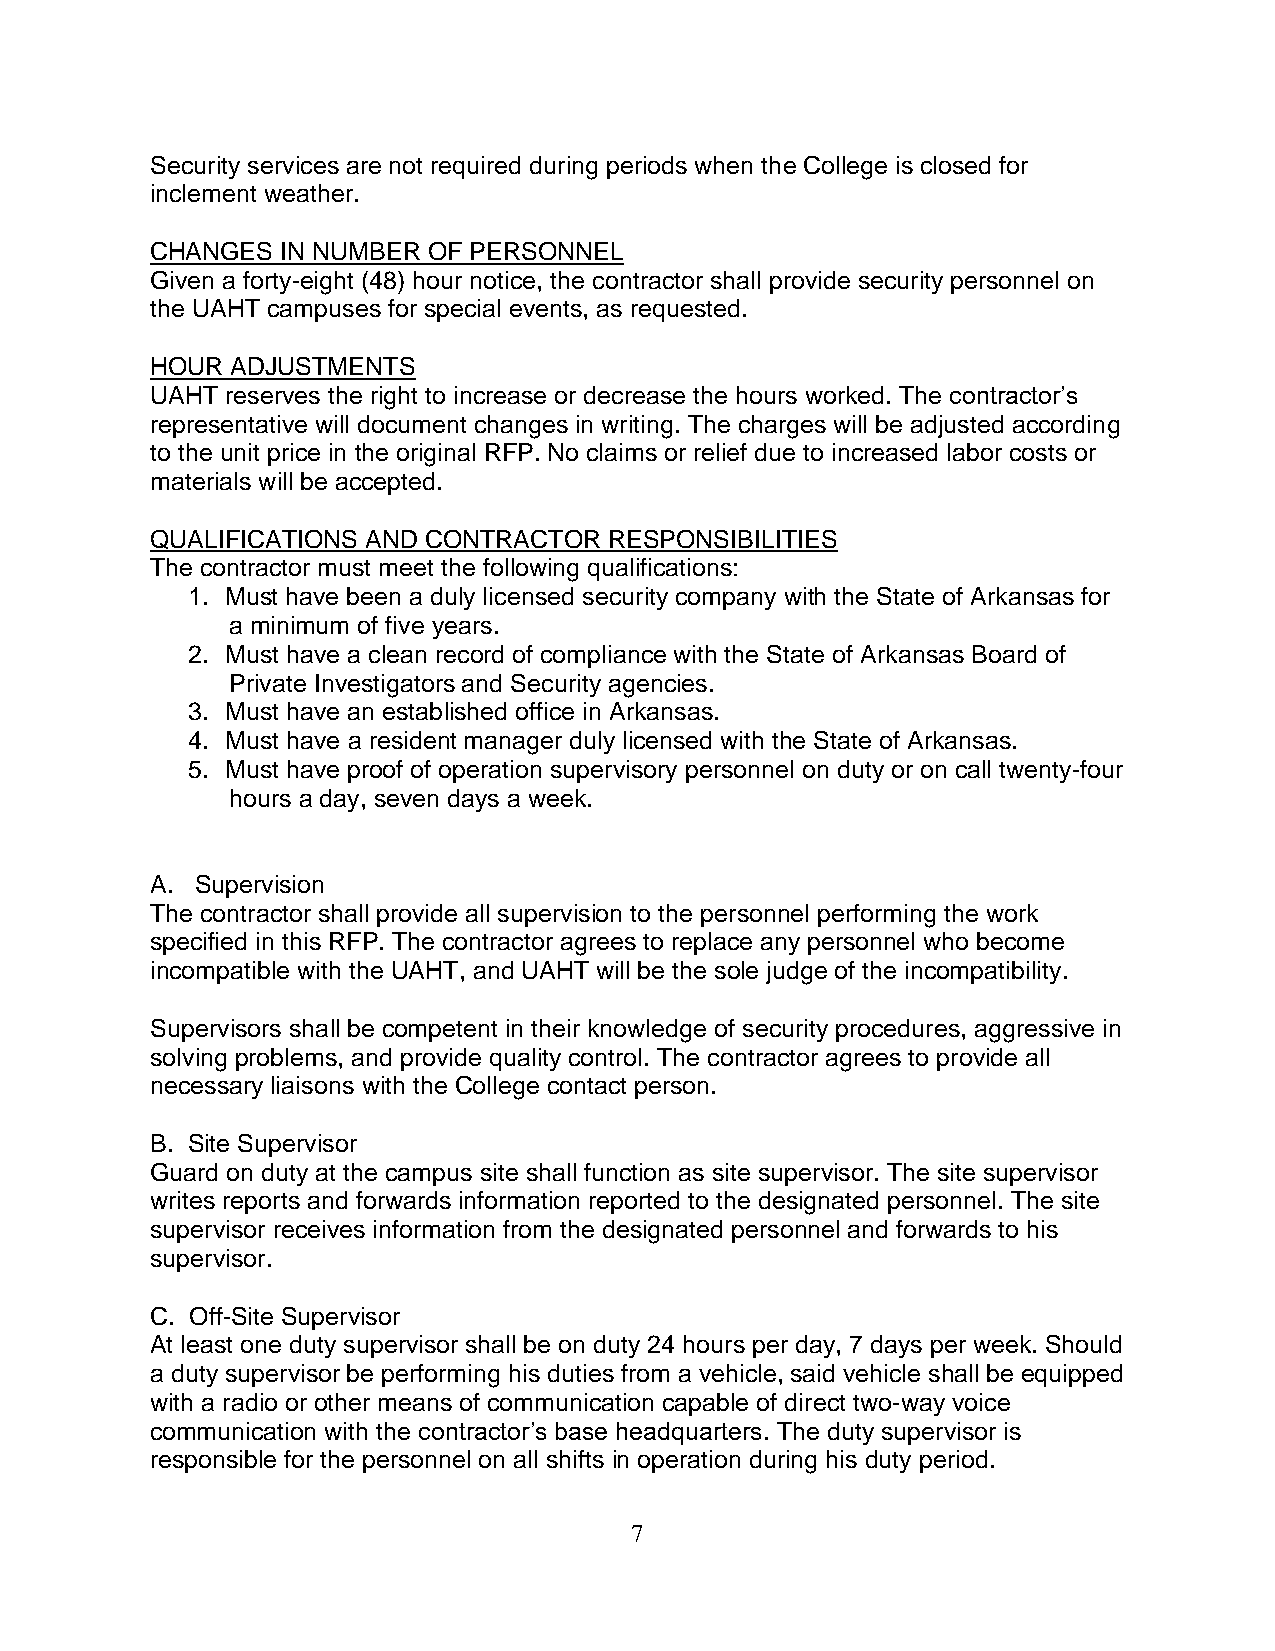
Security services are not required during periods when the College is closed for
 inclement weather.
 CHANGES  IN NUMBER OF PERSONNEL
 Given a forty-eight (48) hour notice, the contractor shall provide security personnel on
 the UAHT campuses for special events, as requested.
 HOUR ADJUSTMENTS
 UAHT reserves the right to increase or decrease the hours worked. The contractor’s
 representative will document changes in writing. The charges will be adjusted according
 to the unit price in the original RFP. No claims or relief due to increased labor costs or
 materials will be accepted.
 QUALIFICATIONS AND CONTRACTOR RESPONSIBILITIES
 The contractor must meet the following qualifications:
 1. Must have been a duly licensed security company with the State of Arkansas for
 a minimum of five years.
 2. Must have a clean record of compliance with the State of Arkansas Board of
 Private Investigators and Security agencies.
 3. Must have an established office in Arkansas.
 4. Must have a resident manager duly licensed with the State of Arkansas.
 5. Must have proof of operation supervisory personnel on duty or on call twenty-four
 hours a day, seven days a week.
 A. Supervision
 The contractor shall provide all supervision to the personnel performing the work
 specified in this RFP. The contractor agrees to replace any personnel who become
 incompatible with the UAHT, and UAHT will be the sole judge of the incompatibility.
 Supervisors shall be competent in their knowledge of security procedures, aggressive in
 solving problems, and provide quality control. The contractor agrees to provide all
 necessary liaisons with the College contact person.
 B. Site Supervisor
 Guard on duty at the campus site shall function as site supervisor. The site supervisor
 writes reports and forwards information reported to the designated personnel. The site
 supervisor receives information from the designated personnel and forwards to his
 supervisor.
 C. Off-Site Supervisor
 At least one duty supervisor shall be on duty 24 hours per day, 7 days per week. Should
 a duty supervisor be performing his duties from a vehicle, said vehicle shall be equipped
 with a radio or other means of communication capable of direct two-way voice
 communication with the contractor’s base headquarters. The duty supervisor is
 responsible for the personnel on all shifts in operation during his duty period.
 7